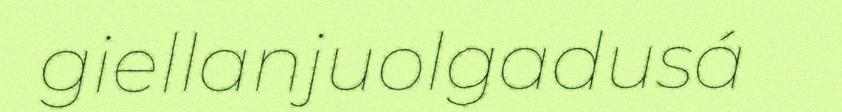
giellanjuolgadusá